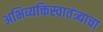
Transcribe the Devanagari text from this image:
अभिव्यक्तिस्वातंत्र्याचा